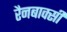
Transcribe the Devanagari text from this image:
रैनबाक्सी